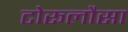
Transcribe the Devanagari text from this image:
टोरूलौसा